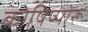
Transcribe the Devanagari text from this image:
कोष़िप्पोरू